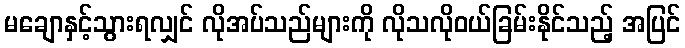
မချောနှင့်သွားရလျှင် လိုအပ်သည်များကို လိုသလိုဝယ်ခြမ်းနိုင်သည့် အပြင်